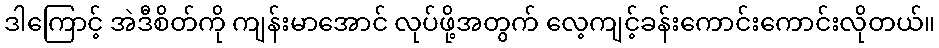
ဒါကြောင့် အဲဒီစိတ်ကို ကျန်းမာအောင် လုပ်ဖို့အတွက် လေ့ကျင့်ခန်းကောင်းကောင်းလိုတယ်။